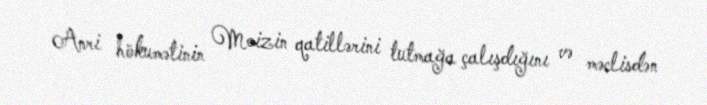
Anri hökumətinin Moizin qatillərini tutmağa çalışdığını və məclisdən